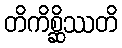
တိကိစ္ဆိဿတိ